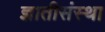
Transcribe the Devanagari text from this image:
ज्ञातीसंस्था